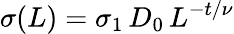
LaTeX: \sigma(L)=\sigma_{1}\, D_{0}\, L^{-t/\nu}